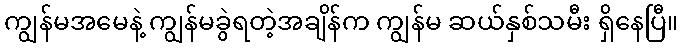
ကျွန်မအမေနဲ့ ကျွန်မခွဲရတဲ့အချိန်က ကျွန်မ ဆယ်နှစ်သမီး ရှိနေပြီ။